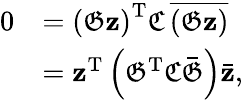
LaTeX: {\begin{array}{rl}{0}&{=\left({\mathfrak{G}}\mathbf{z}\right)^{\mathrm{T}}{\mathfrak{C}}\, {\overline{{({\mathfrak{G}}\mathbf{z})}}}}\\ &{=\mathbf{z}^{\mathrm{T}}\left({\mathfrak{G}}^{\mathrm{T}}{\mathfrak{C}}{\bar{\mathfrak{G}}}\right){\bar{\mathbf{z}}},}\end{array}}